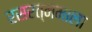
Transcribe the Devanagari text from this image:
रसरत्नमाला